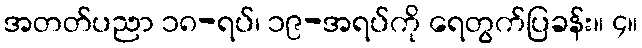
အတတ်ပညာ ၁၈-ရပ်၊ ၁၉-အရပ်ကို ရေတွက်ပြခန်း။ ၄။